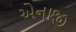
એનાજી